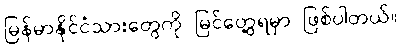
မြန်မာနိုင်ငံသားတွေကို မြင်တွေ့ရမှာ ဖြစ်ပါတယ်။